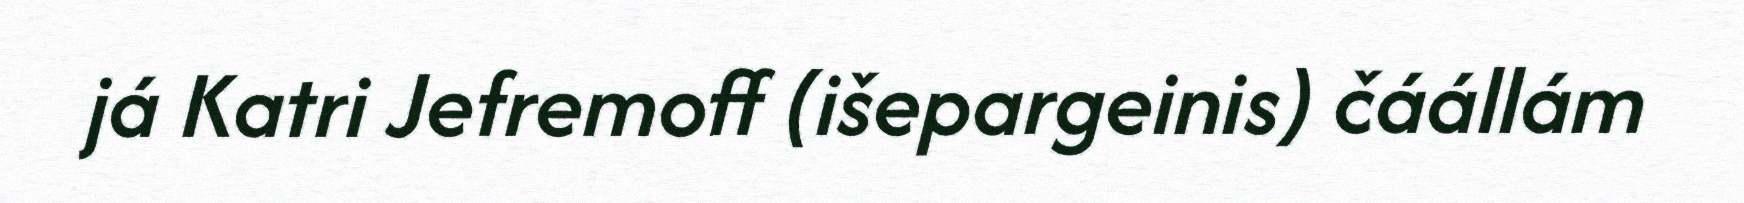
já Katri Jefremoff (išepargeinis) čáállám